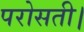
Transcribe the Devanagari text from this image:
परोसती।